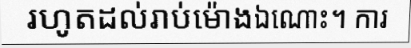
រហូតដល់រាប់ម៉ោងឯណោះ។ ការ